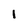
Character: 1